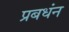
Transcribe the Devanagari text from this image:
प्रबधंन